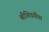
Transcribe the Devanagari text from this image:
श्रीशिवगीता